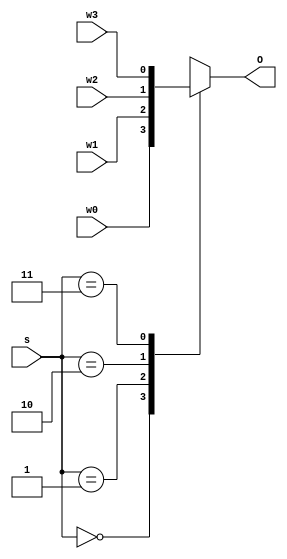
module mux4to1(w3,w2,w1,w0,s,O);
input w3,w2,w1,w0;
input [1:0]s;
output reg O;
always @(s or w3 or w2 or w1 or w0)
case (s)
0:O= w0;
1:O=w1;
2:O=w2;
3:O=w3;
endcase
endmodule